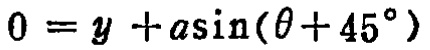
\(0 = y + a\sin(\theta + 45^{\circ})\)